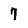
Character: 7